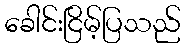
ခေါင်းငြိမ့်ပြသည်